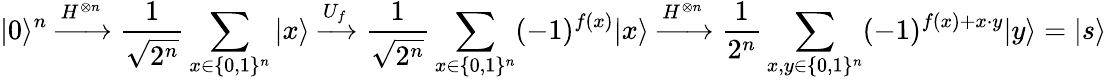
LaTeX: |0\rangle^{n}\xrightarrow{H^{\otimes n}}{\frac{1}{\sqrt{2^{n}}}}\sum_{x\in\{ 0,1\} ^{n}}|x\rangle\xrightarrow{U_{f}}{\frac{1}{\sqrt{2^{n}}}}\sum_{x\in\{ 0,1\} ^{n}}(-1)^{f(x)}|x\rangle\xrightarrow{H^{\otimes n}}{\frac{1}{2^{n}}}\sum_{x,y\in\{ 0,1\} ^{n}}(-1)^{f(x)+x\cdot y}|y\rangle=|s\rangle